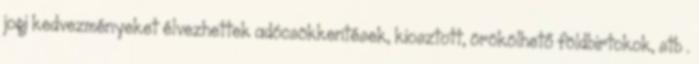
jogi kedvezményeket élvezhettek adócsökkentések, kiosztott, örökölhető földbirtokok, stb .